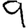
Digit: 9